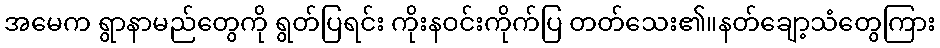
အမေက ရွာနာမည်တွေကို ရွတ်ပြရင်း ကိုးနဝင်းကိုက်ပြ တတ်သေး၏။နတ်ချော့သံတွေကြား